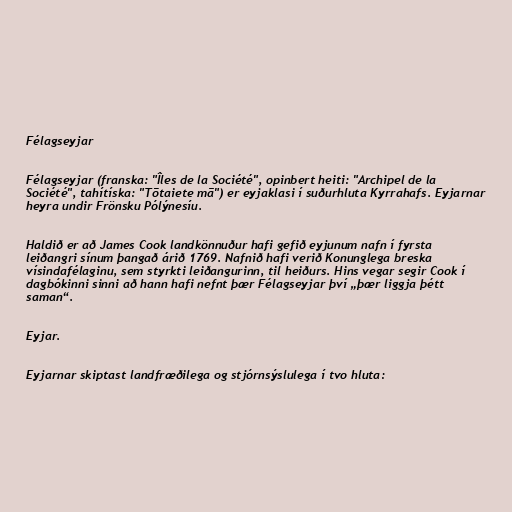
Félagseyjar

Félagseyjar (franska: "Îles de la Société", opinbert heiti: "Archipel de la
Société", tahítíska: "Tōtaiete mā") er eyjaklasi í suðurhluta Kyrrahafs. Eyjarnar
heyra undir Frönsku Pólýnesíu.

Haldið er að James Cook landkönnuður hafi gefið eyjunum nafn í fyrsta
leiðangri sínum þangað árið 1769. Nafnið hafi verið Konunglega breska
vísindafélaginu, sem styrkti leiðangurinn, til heiðurs. Hins vegar segir Cook í
dagbókinni sinni að hann hafi nefnt þær Félagseyjar því „þær liggja þétt
saman“.

Eyjar.

Eyjarnar skiptast landfræðilega og stjórnsýslulega í tvo hluta: